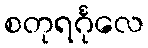
စတုရင်္ဂုလေ